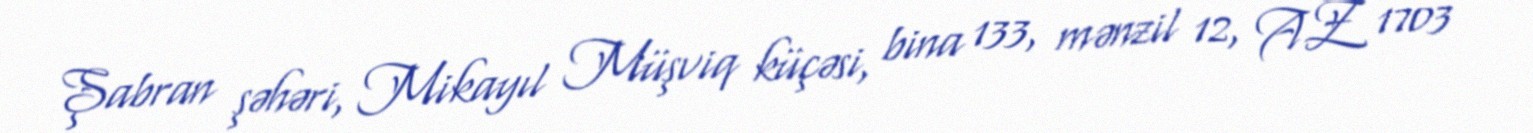
Şabran şəhəri, Mikayıl Müşviq küçəsi, bina 133, mənzil 12, AZ 1703